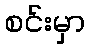
စင်းမှာ